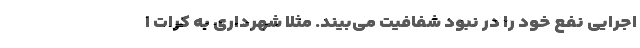
اجرایی نفع خود را در نبود شفافیت می‌بیند. مثلا شهرداری به کرّات ا